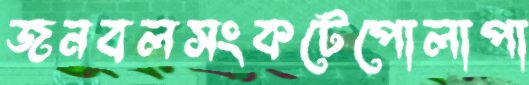
জনবলসংকটেপোলাপা